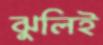
ঝুলিই